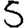
Digit: 5